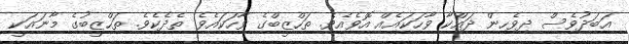
އަބަދުވެސް ދިވެހިން ދައްކާ ވާހަކައެއް އޮވެއެވެ. ތަހްޒީބްގެ ވާހަކައެވެ. ތެދެކެވެ. ތަހްޒީބުގެ މާނައަކީ